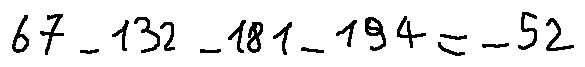
6 7 - 1 3 2 - 1 8 1 - 1 9 4 = - 5 2